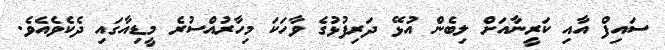
ސައިފް އާއި ކަރީނާއަށް ލިބެން އުޅޭ ދަރިފުޅުގެ ވާހަކަ މިހާރުއްސުރެ މީޑިއާގައި ދެކެވެއެވެ.